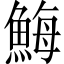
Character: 䱕